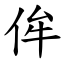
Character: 侔